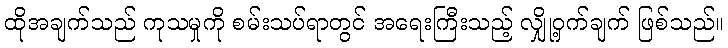
ထိုအချက်သည် ကုသမှုကို စမ်းသပ်ရာတွင် အရေးကြီးသည့် လျှို့ဝှက်ချက် ဖြစ်သည်။